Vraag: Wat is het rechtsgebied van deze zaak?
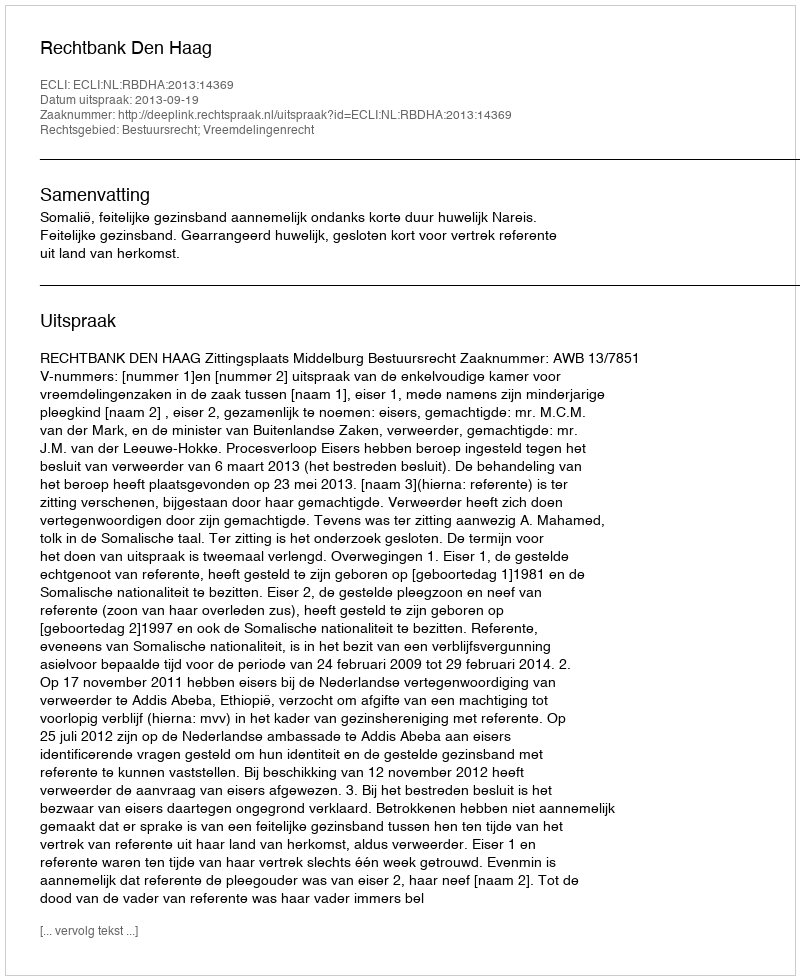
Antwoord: Bestuursrecht; Vreemdelingenrecht